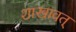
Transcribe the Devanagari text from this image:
शाखावत्